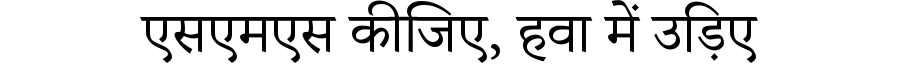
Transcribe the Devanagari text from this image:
एसएमएस कीजिए, हवा में उड़िए